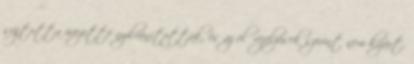
sújtotta övezetté nyilvánították, és az előrejelzések szerint nem kizárt,